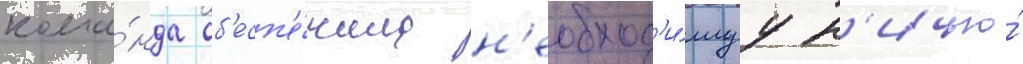
кома́нда об'есп'е́чила н'еобход'и́муу н'ичью́